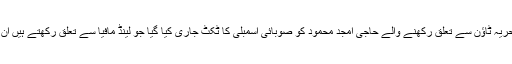
کیا اس عمل کو سیاسی بدعنوانی قرار نہیں دیا جاسکتا راولپنڈی میں بحریہ ٹاؤن سے تعلق رکھنے والے حاجی امجد محمود کو صوبائی اسمبلی کا ٹکٹ جاری کیا گیا جو لینڈ مافیا سے تعلق رکھتے ہیں ان کے خلاف زمینوں پر قبضے اور دھوکہ دھی کے کئی مقدمات ھیں ۔